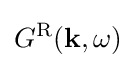
G^{\mathrm {R} }(\mathbf {k} ,\omega )